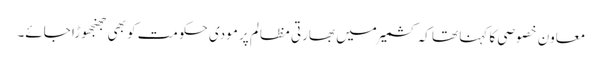
معاون خصوصی کا کہنا تھا کہ کشمیر میں بھارتی مظالم پر مودی حکومت کو بھی جھنجھوڑا جائے۔